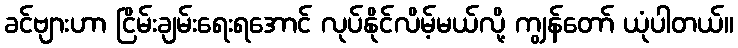
ခင်ဗျားဟာ ငြိမ်းချမ်းရေးရအောင် လုပ်နိုင်လိမ့်မယ်လို့ ကျွန်တော် ယုံပါတယ်။